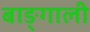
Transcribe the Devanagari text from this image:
बाङ्गाली